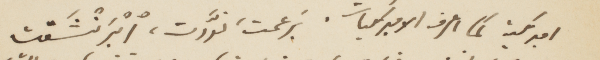
أميركية كما اعرف الاميركيات، برعمت، نوّرت، ابرَنُشتت.